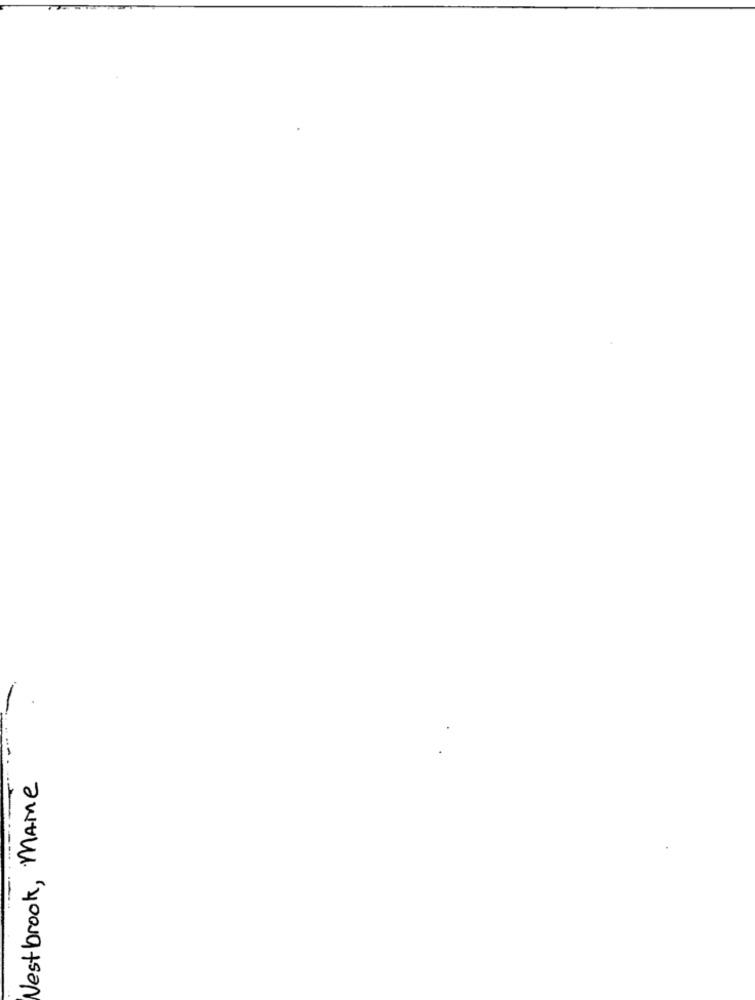
Westbrook , Mare